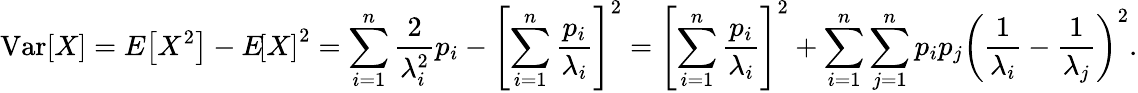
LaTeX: \operatorname{Var}[X]=E\! \left[X^{2}\right]-E\! \left[X\right]^{2}=\sum_{i=1}^{n}{\frac{2}{\lambda_{i}^{2}}}p_{i}-\left[\sum_{i=1}^{n}{\frac{p_{i}}{\lambda_{i}}}\right]^{2}=\left[\sum_{i=1}^{n}{\frac{p_{i}}{\lambda_{i}}}\right]^{2}+\sum_{i=1}^{n}\sum_{j=1}^{n}p_{i}p_{j}\left({\frac{1}{\lambda_{i}}}-{\frac{1}{\lambda_{j}}}\right)^{2}.